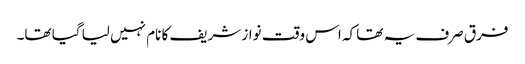
فرق صرف یہ تھا کہ اس وقت نواز شریف کا نام نہیں لیا گیا تھا۔